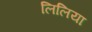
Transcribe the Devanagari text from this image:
लिलिया